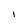
Character: i